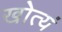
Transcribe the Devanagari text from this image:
खोत्यं